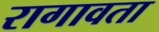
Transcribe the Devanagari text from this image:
रागावता